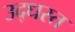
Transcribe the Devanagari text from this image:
उद्‌धस्त